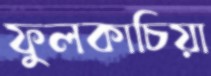
ফুলকাচিয়া